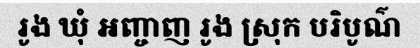
រូង ឃុំ អញ្ចាញ រូង ស្រុក បរិបូណ៌